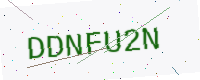
Text: DDNFU2N